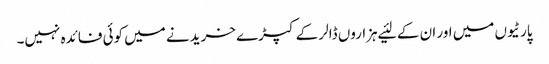
پارٹیوں میں اور ان کے لئیے ہزاروں ڈالر کے کپڑے خریدنے میں کوئی فائدہ نہیں۔